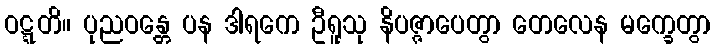
ဝဋ္ဋတိ။ ပုညဝန္တေ ပန ဒါရကေ ဦရူသု နိပဇ္ဇာပေတွာ တေလေန မက္ခေတွာ